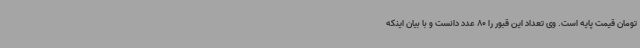
تومان قیمت پایه است. وی تعداد این قبور را 80 عدد دانست و با بیان اینکه